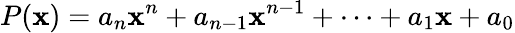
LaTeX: P(\mathbf{x})=a_{n}\mathbf{x}^{n}+a_{n-1}\mathbf{x}^{n-1}+\cdots+a_{1}\mathbf{x}+a_{0}